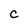
Character: C